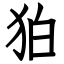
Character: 狛